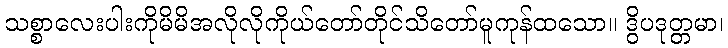
သစ္စာလေးပါးကိုမိမိအလိုလိုကိုယ်တော်တိုင်သိတော်မူကုန်ထသော။ ဒွိပဒုတ္တမာ၊